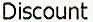
DISCOUNT